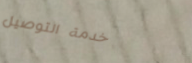
خدمة التوصيل